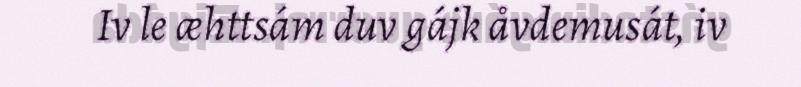
Iv le æhttsám duv gájk åvdemusát, iv